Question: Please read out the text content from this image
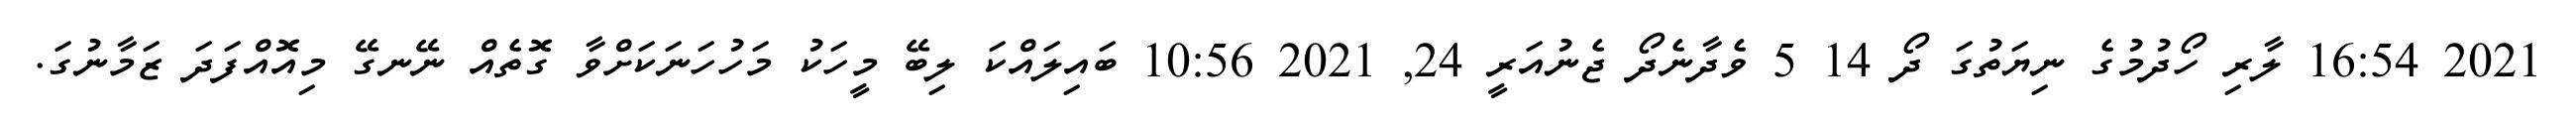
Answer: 2021 16:54 ލާރި ހޯދުމުގެ ނިޔަތުގަ ދޯ 14 5 ވެދާނެދޯ ޖެނުއަރީ 24, 2021 10:56 ބައިލައްކަ ލިބޭ މީހަކު މަހުހަނަކަށްވާ ގޮތެއް ނޭނގޭ މިއޮއްފަދަ ޒަމާނުގަ.